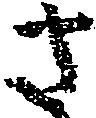
さ